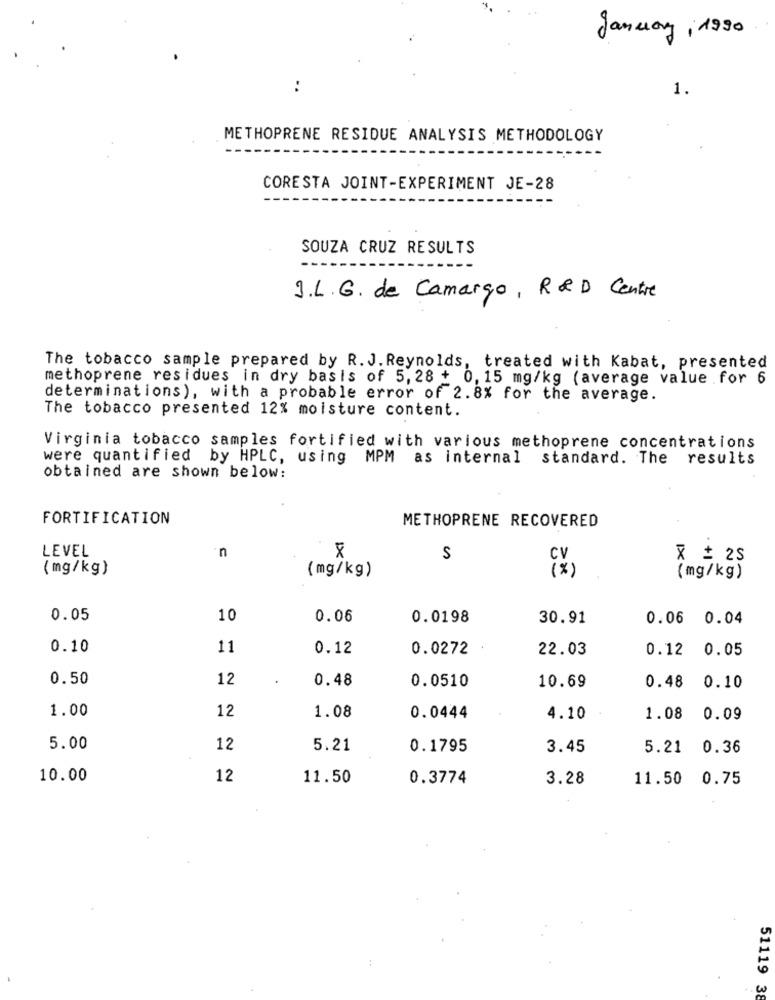
January, 1990
..
1.
METHOPRENE RESIDUE ANALYSIS METHODOLOGY
CORESTA JOINT-EXPERIMENT JE-28
SOUZA CRUZ RESULTS
J. L.G. de Camargo, R&D Centre
The tobacco sample prepared by R. J. Reynolds, treated with Kabat, presented
methoprene residues in dry basis of 5,28 + 0, 15 mg/kg (average value .for 6
determinations), with a probable error of 2.8% for the average.
The tobacco presented 12% moisture content.
Virginia tobacco samples fortified with various methoprene concentrations
were quantified by HPLC, using MPM as internal standard. The results
obtained are shown below:
FORTIFICATION
METHOPRENE RECOVERED
LEVEL
n
S
X = 25
(mg/kg)
(mg/kg)
ix )
(mg/kg)
0.05
10
0.06
0.0198
30.91
0.06
0.04
0.10
11
0.12
0.0272
22.03
0.12
0.05
0.50
12
0.48
0.0510
0.10
10.69
0.48
1.00
12
1.08
0.0444
4.10
1.08
0.09
5.00
12
5.21
0.1795
3.45
5.21 0.36
10.00
12
11.50
0.3774
3.28
11.50 0.75
51119
W
3